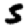
Digit: 5